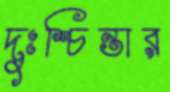
দুঃশ্চিন্তার